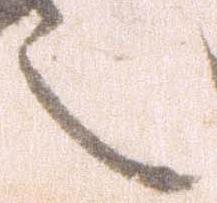
言